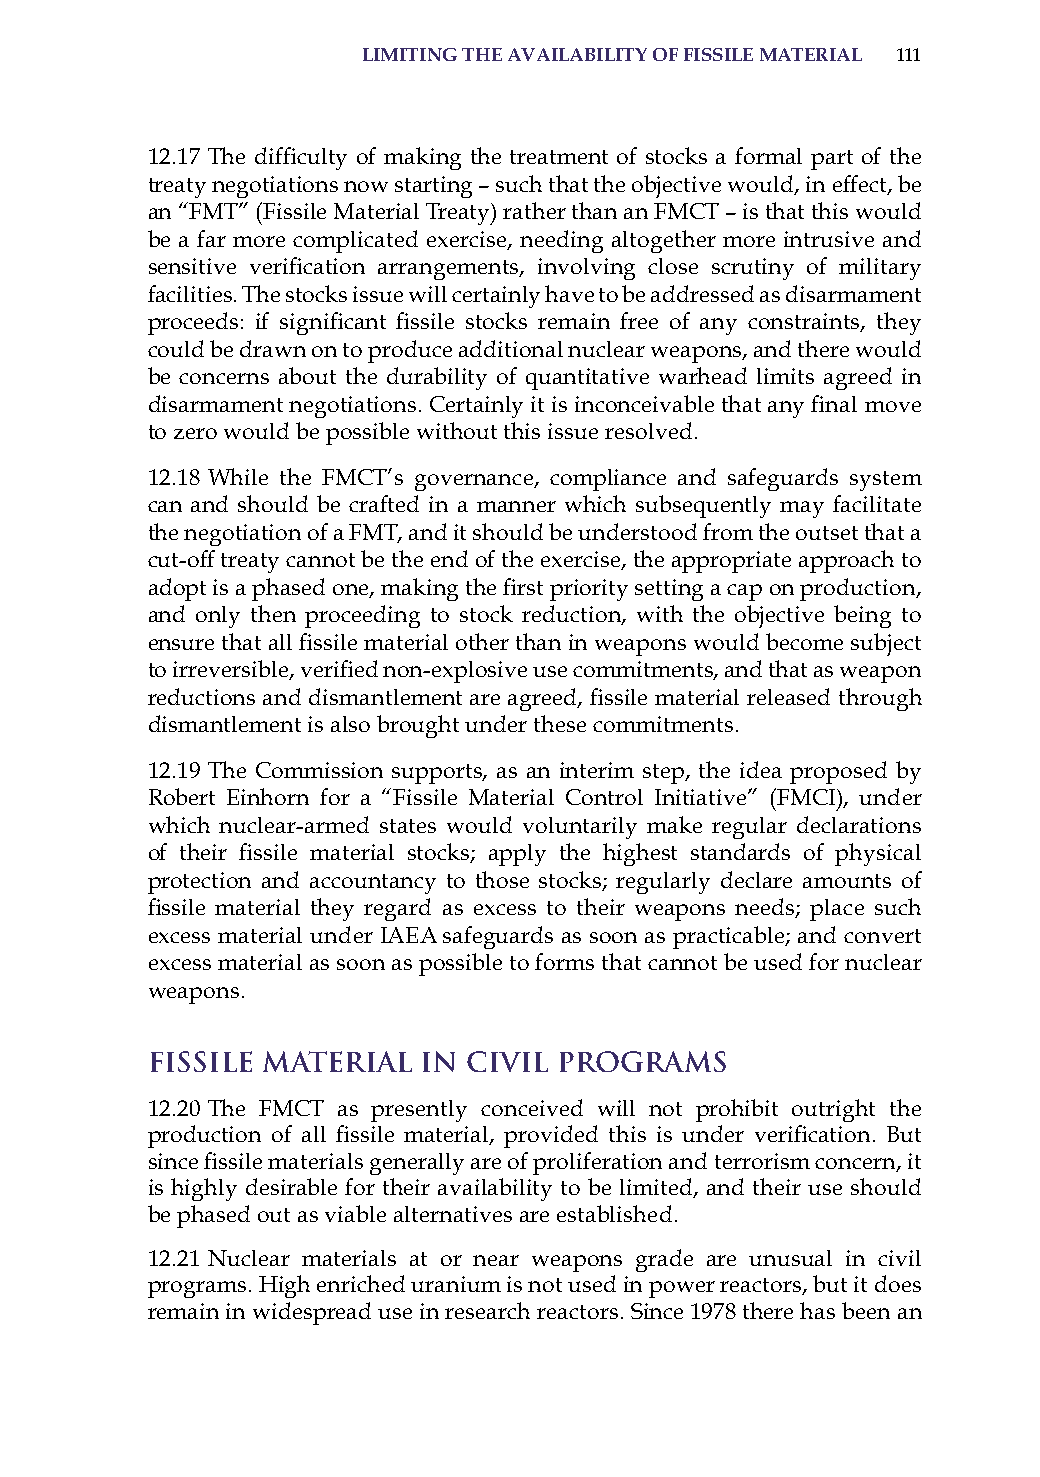
limitinG the availaBilitY of fissile material 111
 12.17 The difficulty of making the treatment of stocks a formal part of the
 treaty negotiations now starting – such that the objective would, in effect, be
 an “FMT” (Fissile Material Treaty) rather than an FMCT – is that this would
 be a far more complicated exercise, needing altogether more intrusive and
 sensitive verification arrangements, involving close scrutiny of military
 facilities. The stocks issue will certainly have to be addressed as disarmament
 proceeds: if significant fissile stocks remain free of any constraints, they
 could be drawn on to produce additional nuclear weapons, and there would
 be concerns about the durability of quantitative warhead limits agreed in
 disarmament negotiations. Certainly it is inconceivable that any final move
 to zero would be possible without this issue resolved.
 12.18 While the FMCT’s governance, compliance and safeguards system
 can and should be crafted in a manner which subsequently may facilitate
 the negotiation of a FMT, and it should be understood from the outset that a
 cut-off treaty cannot be the end of the exercise, the appropriate approach to
 adopt is a phased one, making the first priority setting a cap on production,
 and only then proceeding to stock reduction, with the objective being to
 ensure that all fissile material other than in weapons would become subject
 to irreversible, verified non-explosive use commitments, and that as weapon
 reductions and dismantlement are agreed, fissile material released through
 dismantlement is also brought under these commitments.
 12.19 The Commission supports, as an interim step, the idea proposed by
 robert Einhorn for a “Fissile Material Control initiative” (FMCi), under
 which nuclear-armed states would voluntarily make regular declarations
 of their fissile material stocks; apply the highest standards of physical
 protection and accountancy to those stocks; regularly declare amounts of
 fissile material they regard as excess to their weapons needs; place such
 excess material under iaEa safeguards as soon as practicable; and convert
 excess material as soon as possible to forms that cannot be used for nuclear
 weapons.
 Fissile Material  in Civil Programs
 12.20 The FMCT as presently conceived will not prohibit outright the
 production of all fissile material, provided this is under verification. But
 since fissile materials generally are of proliferation and terrorism concern, it
 is highly desirable for their availability to be limited, and their use should
 be phased out as viable alternatives are established.
 12.21 Nuclear materials at or near weapons grade are unusual in civil
 programs. high enriched uranium is not used in power reactors, but it does
 remain in widespread use in research reactors. since 1978 there has been an